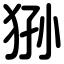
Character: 狲